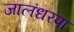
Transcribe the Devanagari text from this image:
जालंधरपा